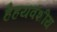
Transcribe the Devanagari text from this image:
हैहयवंशीय